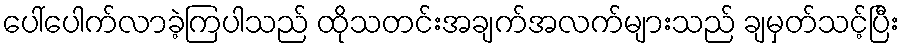
ပေါ်ပေါက်လာခဲ့ကြပါသည် ထိုသတင်းအချက်အလက်များသည် ချမှတ်သင့်ပြီး